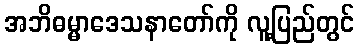
အဘိဓမ္မာဒေသနာတော်ကို လူ့ပြည်တွင်